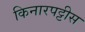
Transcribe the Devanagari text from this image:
किनारपट्टीस